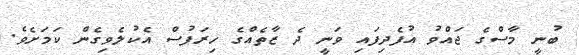
ބުނީ މާސްގެ ޖައްވު އުފެދިފައި ވަނީ ދެ ޒާތެއްގެ ހިރަފުސް އެކުލެވިގެން ކަމަށެވެ.